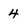
Character: 4